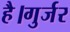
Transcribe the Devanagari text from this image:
है।गुर्जर